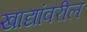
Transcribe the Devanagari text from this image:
खाद्यांवरील